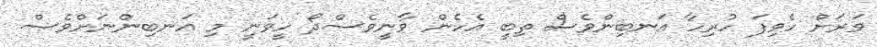
ވަރަށް ހެވިފަ ހުރިހާ އަނބިންވެސް ތިބީ އެހެން ވާނީވެސްދޯ ހީވަނީ މި އަނބިންނަށްވެސް